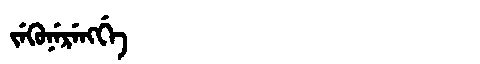
Manchu: ᠵᡝᡴᡠᠨᡝᡵᡝᠩᡤᡝ
Romanization: JEKUNERENGGE